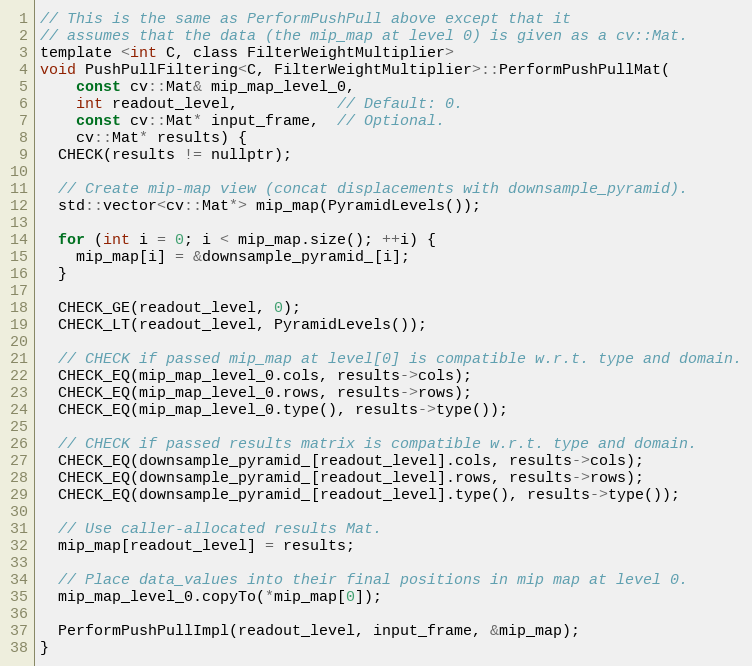
Language: C
// This is the same as PerformPushPull above except that it
// assumes that the data (the mip_map at level 0) is given as a cv::Mat.
template <int C, class FilterWeightMultiplier>
void PushPullFiltering<C, FilterWeightMultiplier>::PerformPushPullMat(
    const cv::Mat& mip_map_level_0,
    int readout_level,           // Default: 0.
    const cv::Mat* input_frame,  // Optional.
    cv::Mat* results) {
  CHECK(results != nullptr);

  // Create mip-map view (concat displacements with downsample_pyramid).
  std::vector<cv::Mat*> mip_map(PyramidLevels());

  for (int i = 0; i < mip_map.size(); ++i) {
    mip_map[i] = &downsample_pyramid_[i];
  }

  CHECK_GE(readout_level, 0);
  CHECK_LT(readout_level, PyramidLevels());

  // CHECK if passed mip_map at level[0] is compatible w.r.t. type and domain.
  CHECK_EQ(mip_map_level_0.cols, results->cols);
  CHECK_EQ(mip_map_level_0.rows, results->rows);
  CHECK_EQ(mip_map_level_0.type(), results->type());

  // CHECK if passed results matrix is compatible w.r.t. type and domain.
  CHECK_EQ(downsample_pyramid_[readout_level].cols, results->cols);
  CHECK_EQ(downsample_pyramid_[readout_level].rows, results->rows);
  CHECK_EQ(downsample_pyramid_[readout_level].type(), results->type());

  // Use caller-allocated results Mat.
  mip_map[readout_level] = results;

  // Place data_values into their final positions in mip map at level 0.
  mip_map_level_0.copyTo(*mip_map[0]);

  PerformPushPullImpl(readout_level, input_frame, &mip_map);
}